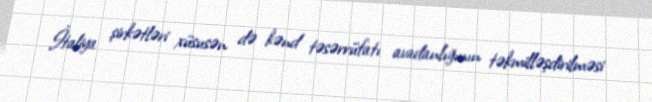
İtaliya şirkətləri xüsusən də kənd təsərrüfatı avadanlığının təkmilləşdirilməsi